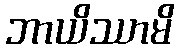
ဘာယိဿာမိ